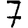
Digit: 7